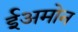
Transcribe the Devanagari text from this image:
ईअमोन